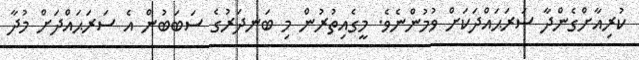
ކުރިއާށްގެންދާ ސަރަޙައްދަކަށް ވުމުންނެވެ. މީގެއިތުރުން މި ބަނދަރުގެ ސަބަބުން އެ ސަރަޙައްދަށް މުދާ